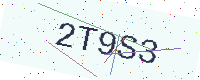
Text: 2T9S3